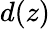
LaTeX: d(z)